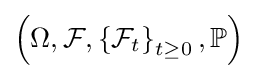
\left(\Omega ,{\mathcal {F}},\left\{{\mathcal {F}}_{t}\right\}_{t\geq 0},\mathbb {P} \right)